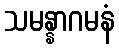
သမန္နာဂမနံ